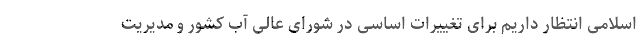
اسلامی انتظار داریم برای تغییرات اساسی در شورای عالی آب کشور و مدیریت